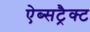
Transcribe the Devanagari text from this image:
ऐब्सट्रैक्ट